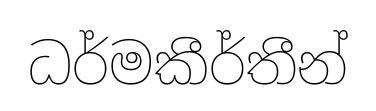
ධර්මකීර්තීන්